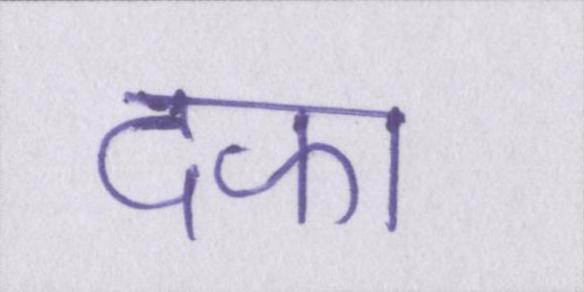
दफा